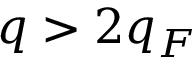
q > 2 q _ { F }